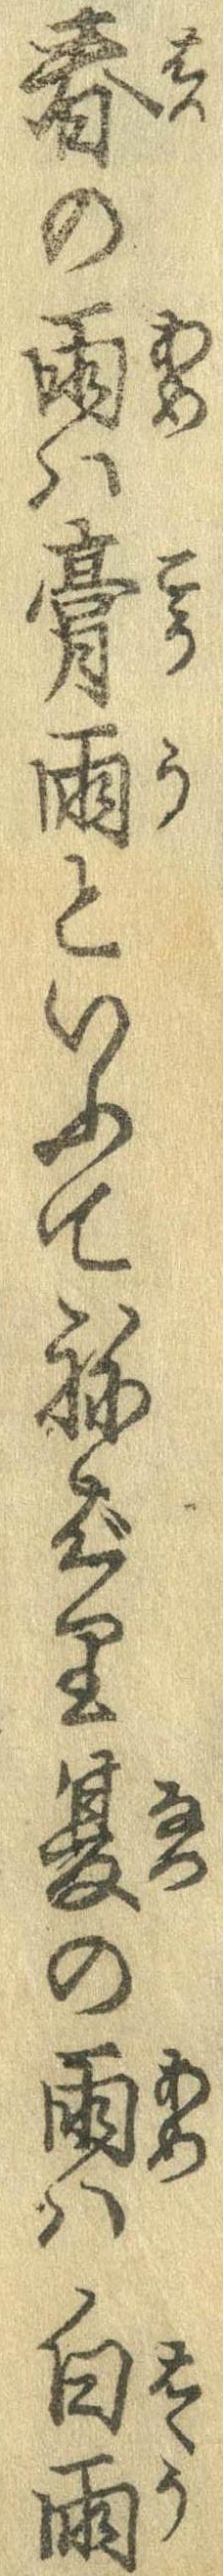
春の雨は膏雨といふてねばり夏の雨は白雨